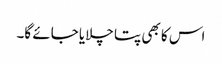
اس کا بھی پتا چلایا جائے گا۔